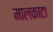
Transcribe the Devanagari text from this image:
मालकाटा